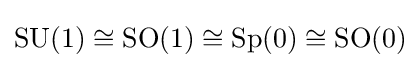
\operatorname {SU} (1)\cong \operatorname {SO} (1)\cong \operatorname {Sp} (0)\cong \operatorname {SO} (0)